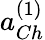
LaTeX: a_{Ch}^{(1)}